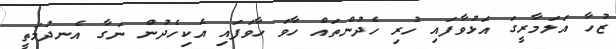
ޒުހާ އަލަމާރީގަ އަޅުވާފައި ހުރި ހެދުންތައް ހާވަ ހާވަފައި އެކިހެދުން ނަގާ އެނދުމަތީ